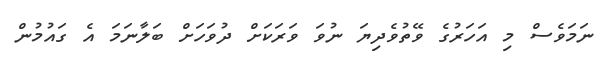
ނަމަވެސް މި އަހަރުގެ ވޭތުވެދިޔަ ނުވަ ވަރަކަށް ދުވަހަށް ބަލާނަމަ އެ ގައުމުން